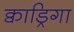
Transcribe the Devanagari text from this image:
क्वाड्रिगा